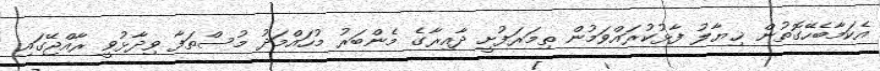
އެކަމާބެހޭގޮތުން ޚިޔާލު ފާޅުކުރައްވަމުން ތިމަރަފުށީ ދާއިރާގެ މެންބަރު މުހައްމަދު މުސްތަފާ ވިދާޅުވީ ރާއްޖޭގައި